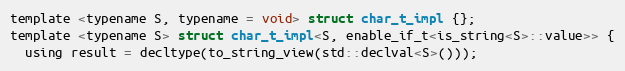
Language: C
template <typename S, typename = void> struct char_t_impl {};
template <typename S> struct char_t_impl<S, enable_if_t<is_string<S>::value>> {
  using result = decltype(to_string_view(std::declval<S>()));